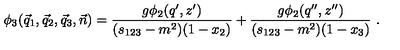
\phi _ { 3 } ( \vec { q } _ { 1 } , \vec { q } _ { 2 } , \vec { q } _ { 3 } , \vec { n } ) = \frac { g \phi _ { 2 } ( q ^ { \prime } , z ^ { \prime } ) } { ( s _ { 1 2 3 } - m ^ { 2 } ) ( 1 - x _ { 2 } ) } + \frac { g \phi _ { 2 } ( q ^ { \prime \prime } , z ^ { \prime \prime } ) } { ( s _ { 1 2 3 } - m ^ { 2 } ) ( 1 - x _ { 3 } ) } \ .